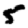
Digit: 5